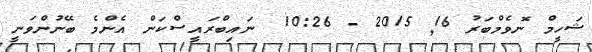
ޝަހީމް ނޮވެމްބަރު 16